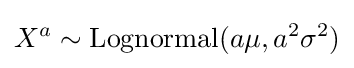
X^{a}\sim \operatorname {Lognormal} (a\mu ,a^{2}\sigma ^{2})